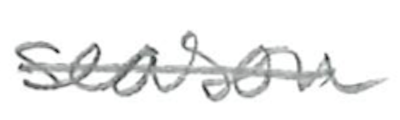
Text: season
Cross-out: single-line
Writing tool: pencil